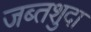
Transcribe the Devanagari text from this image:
जब्तशुदा